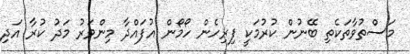
މަސްތުވާތަކެތި ބޭނުން ކުރުމަކީ ފިރިހެން ހޯމޯން އުފައްދާ މިންވަރު މަދު ކުރާ އަދި